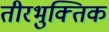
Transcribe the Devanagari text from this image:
तीरभुक्‍तिक